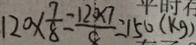
1 2 0 \times \frac { 7 } { 8 } = \frac { 1 2 0 \times 7 } { 8 } = 1 5 0 ( k g )